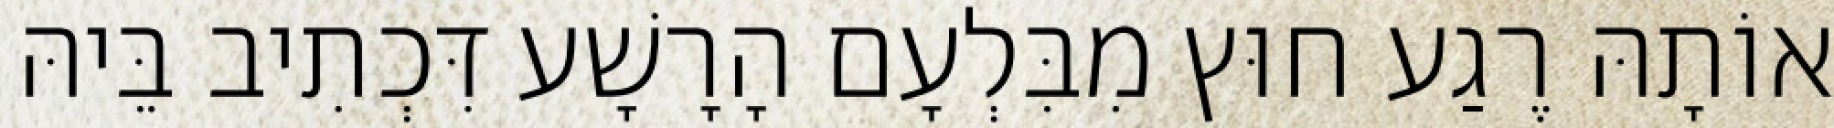
אוֹתָהּ רֶגַע חוּץ מִבִּלְעָם הָרָשָׁע דִּכְתִיב בֵּיהּ